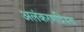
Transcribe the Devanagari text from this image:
अलंकरणप्रियता